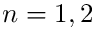
n = 1 , 2